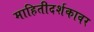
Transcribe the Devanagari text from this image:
माहितीदर्शकावर